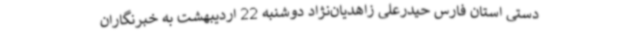
دستی استان فارس حیدرعلی زاهدیان‌نژاد دوشنبه 22 اردیبهشت به خبرنگاران